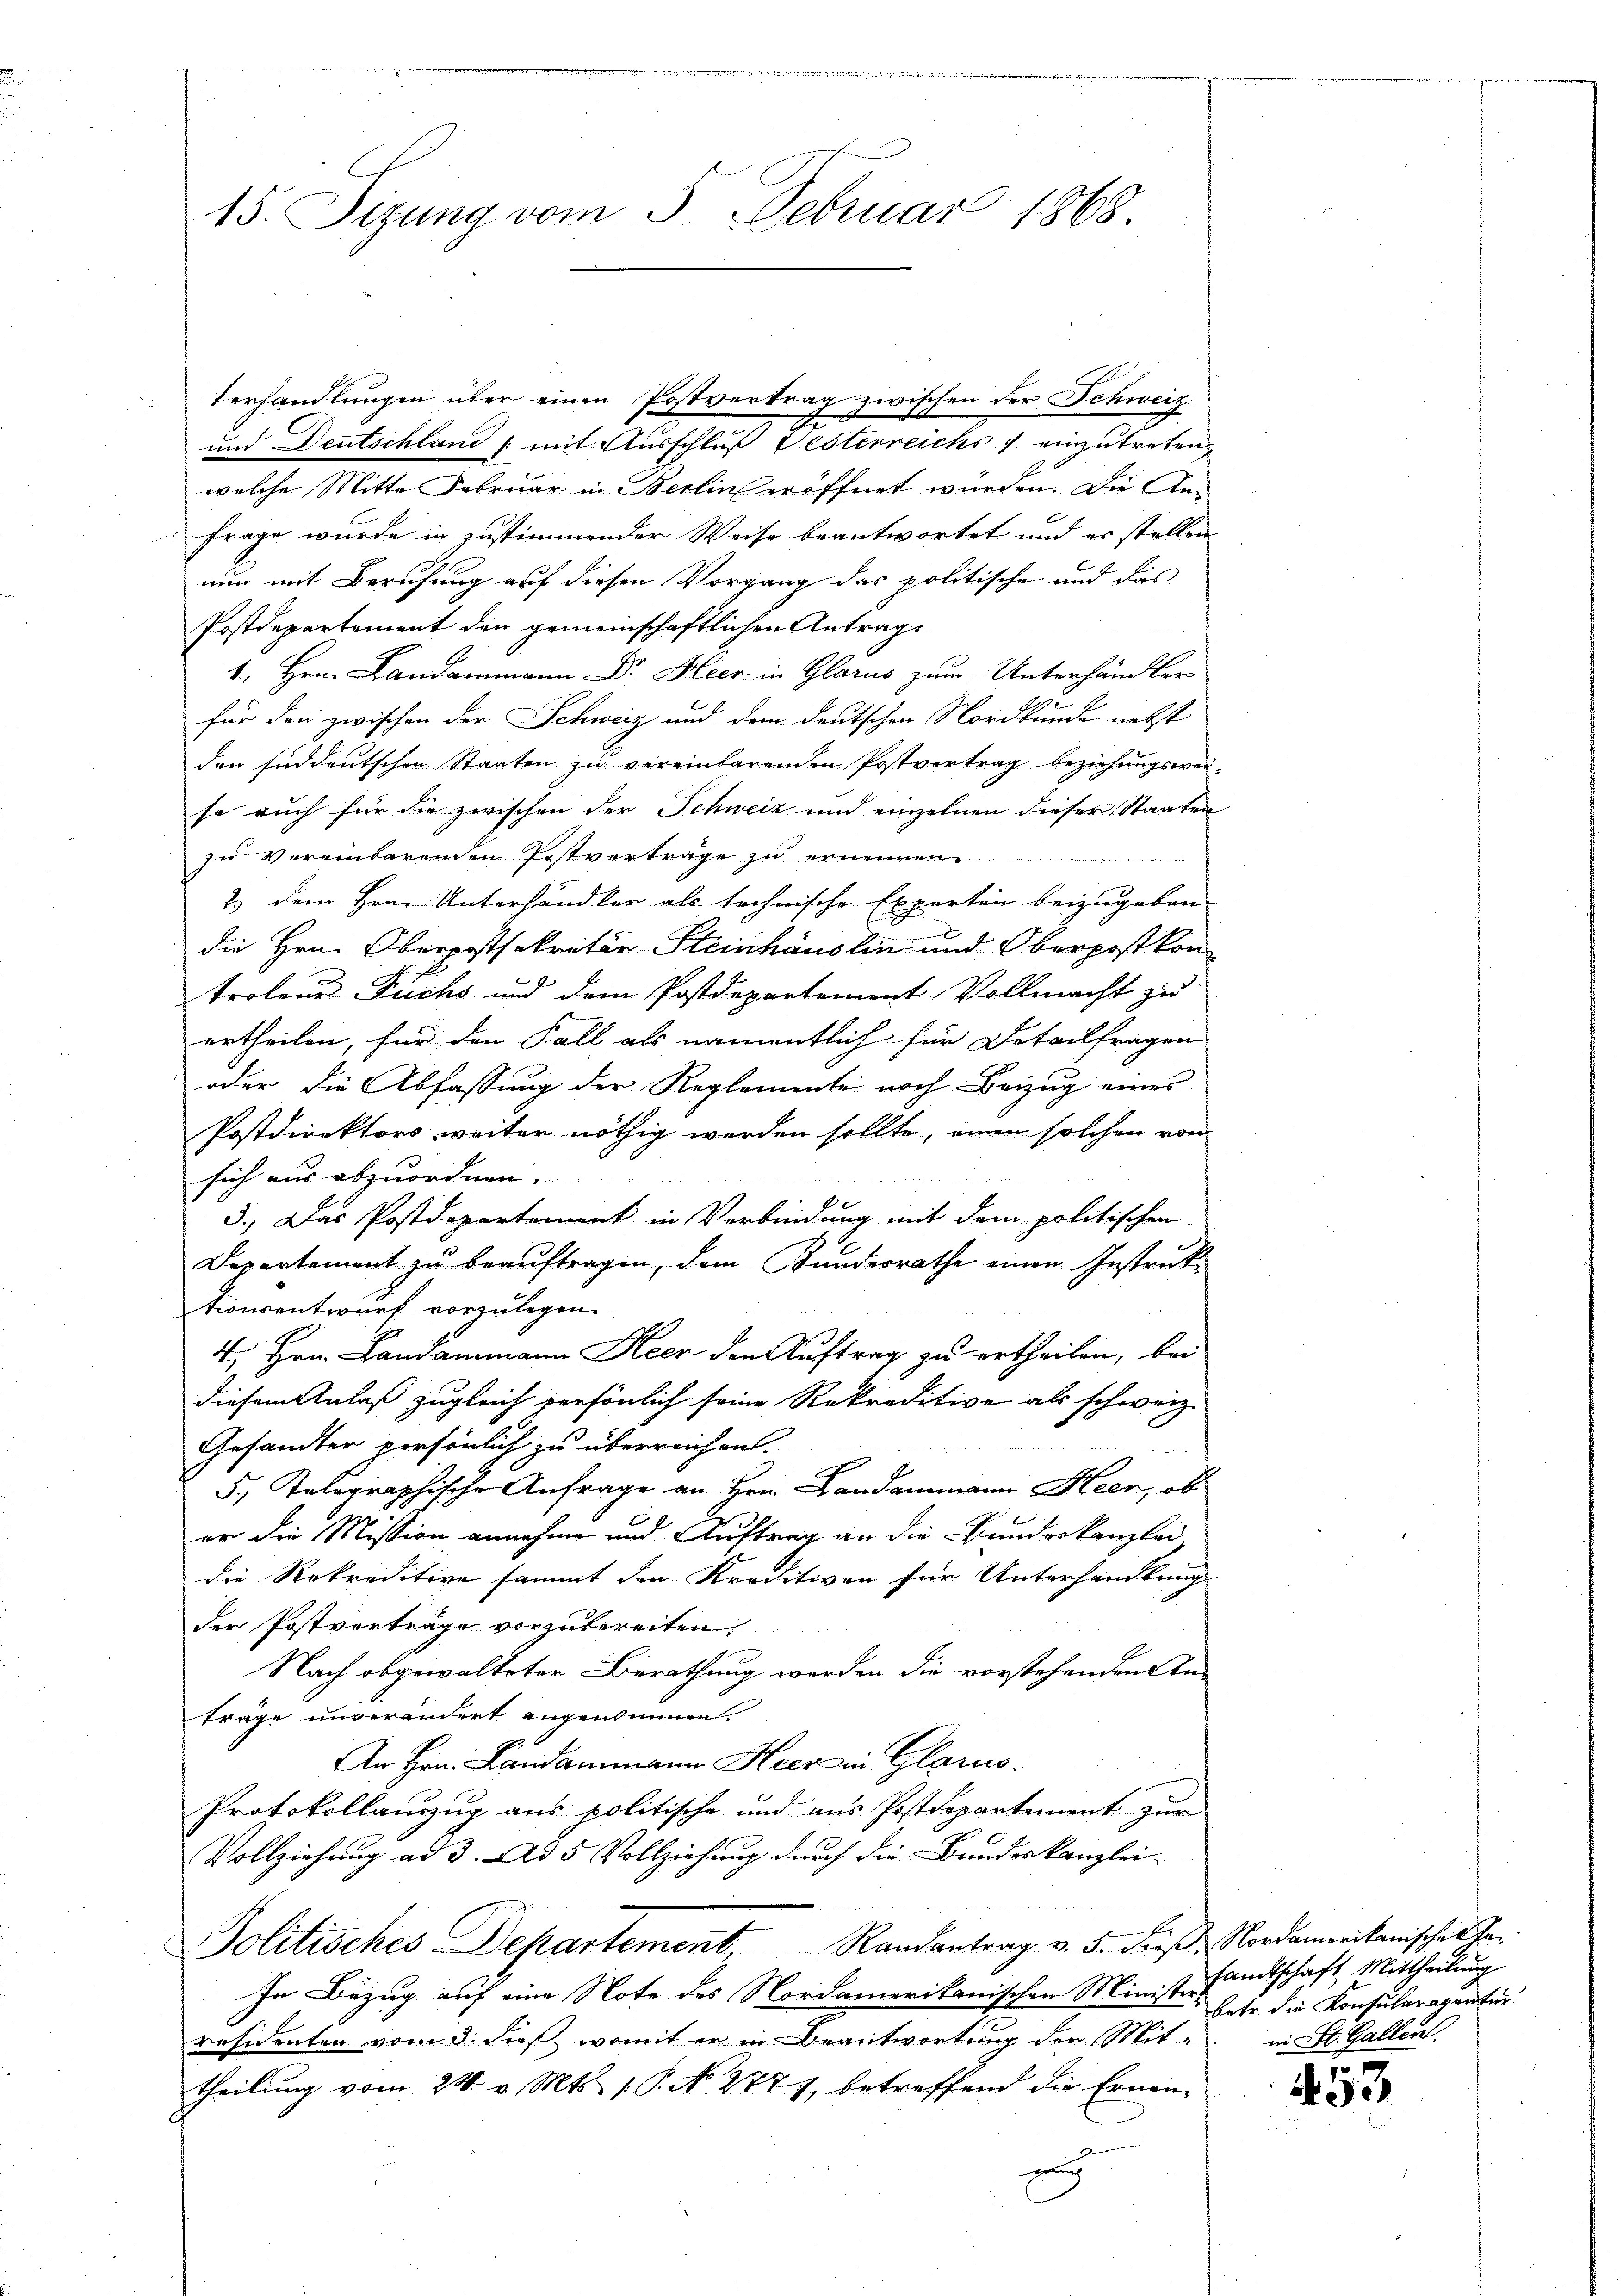
15. Sitzung vom 3. Februar 1868.

Verhandlungen über einen Postvertrag zwischen der Schweiz
2
und Deutschland /: mit Ausschluß Gesterreichs & einzutreten,
welche Mitte Februar in Berlin eröffnet wurden. Die An¬
Frage wurde in zustimmender Weise beantwortet und er stellen
nun mit Berufung auf diesen Vorgang das politische und das
Postdepartement den gemeinschaftlichen Antrage
1. Hrn. Landammann Dr. Heer in Glarus zum Unterhändler
für den zwischen der Schweiz und dem deutschen Nordkunde nebst
den süddeutschen Staaten zu vereinbarenden Postvertrag beziehungsweise auch für die zwischen der Schweiz und einzelnen dieser Staaten
zu vereinbarenden Postverträge zu ernennen.
2.) Dem Hrn. Unterhändler als technische Experten beizugeben
die Hrn. Oberpostsekretär Steinhäuslin und Oberpostkon
trotene Fuchs und dem Postdepartement Vollmacht zu
ertheilen, für den Fall als namentlich für Detailfragen |
oder die Abfassung der Reglemente noch Beizug eines
Postdirektors weiter nöthig werden sollte, einen solchen von
sich aus abzuordnen. |
x
3.) Das Postdepartement in Verbindung mit dem politischen
Departement zu beauftragen, dem Bundesrathe einen Instruktionsentwurf vorzulegen.
4., Hrn. Landammann Heer den Auftrag zu ertheilen, bei
diesem Anlaß zugleich persönlich seine Rekreditive als schweiz.
Gesandter persönlich zu überreichen.
5, Telegraphische Anfrage an Hrn. Landammann Heer, ob
er die Mission annehme und Auftrag an die Bundeskanzlei
die Rekreditive sammt den Kreditiven für Unterhandlung
der Postverträge vorzubereiten,
Nach abgewalteter Berathung werden die vorstehenden An-
träge unverändert angenommen.
An Hrn. Landammann Heer in Glarus.
Protokollauszug aus politische und aus Postdepartement zur
Vollziehung ad 3. Ad 5 Vollziehung durch die Bundeskanzlei-
A
Politisches Departement, Randantrag v. 5. das Nordamerikanische Ta¬
In Bezug auf eine Note des Nordamerikanischen Ministers sehr die Konsularagantur.
räsidenten vom 3. dieß, womit er in Beantwortung der Mittheilung vom 24. v. Mts. 1. P. N. 277, betreffend die Ernen-
g

samtschaft Mittheilung
in St. Gallen

7
el